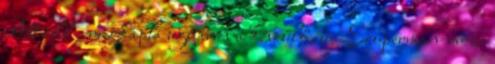
előtt áll - megkapta ugyanis a készülő, új Szuperman-mozi